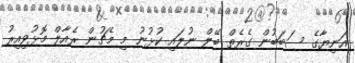
އަނިޔާގެ ސަބަބުން ގެރެތް ބޭލް ނުލައި ކުޅުނު މި މެޗުން ރެއާލް މޮޅުވިއިރު